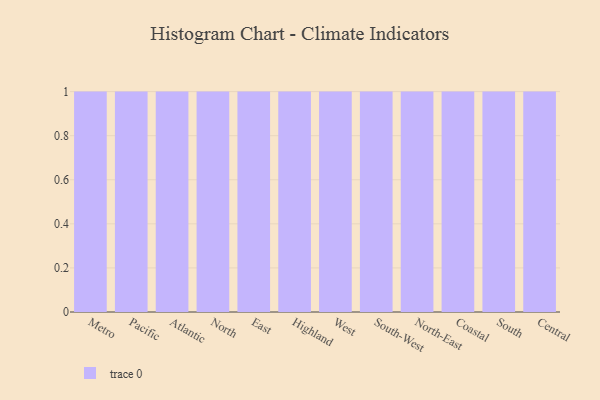
{"axis": {"x": "Region", "y": "Energy Usage (MWh)"}, "legend": [""], "data": [{"x": "Metro", "y": 32, "type": ""}, {"x": "Pacific", "y": 77, "type": ""}, {"x": "Atlantic", "y": 79, "type": ""}, {"x": "North", "y": 11, "type": ""}, {"x": "East", "y": 15, "type": ""}, {"x": "Highland", "y": 80, "type": ""}, {"x": "West", "y": 33, "type": ""}, {"x": "South-West", "y": 85, "type": ""}, {"x": "North-East", "y": 92, "type": ""}, {"x": "Coastal", "y": 7, "type": ""}, {"x": "South", "y": 5, "type": ""}, {"x": "Central", "y": 84, "type": ""}]}